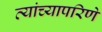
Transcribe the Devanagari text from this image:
त्यांच्यापरिणे